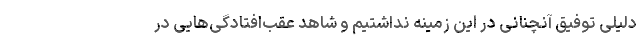
دلیلی توفیق آنچنانی در این زمینه نداشتیم و شاهد عقب‌افتادگی‌هایی در